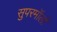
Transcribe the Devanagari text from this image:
सुपरमॉलों